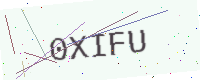
Text: 0XIFU